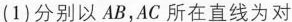
(1)分别以AB，AC所在直线为对